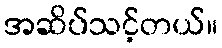
အဆိပ်သင့်တယ်။